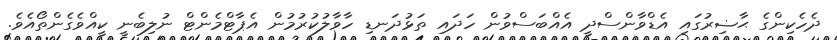
ދެހެކިންގެ ޙާޟިރުގައި އެޑްވާންސްދީ އެއްބަސްވުން ހަދައި ތަޅުދަނޑި ހާވާލުކުރުމުން އެޕާޓްމެންޓް ނުލިބެނީ ކީއްވެގެންތޯއެވެ.